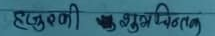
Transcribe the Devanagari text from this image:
हृद्गणी शुभचिन्तन